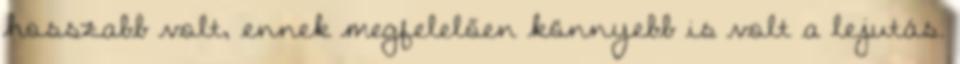
hosszabb volt, ennek megfelelően könnyebb is volt a lejutás.